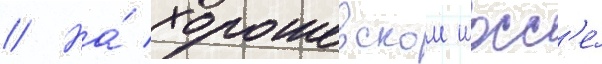
// На́ хорошевском шосс'е́